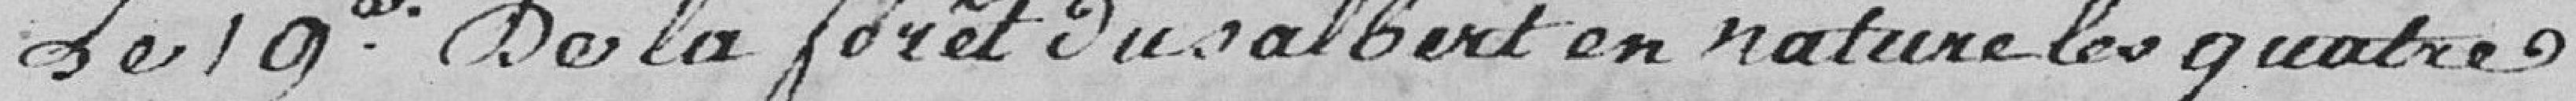
Le 19e De la forêt du Salbert en nature les quatre